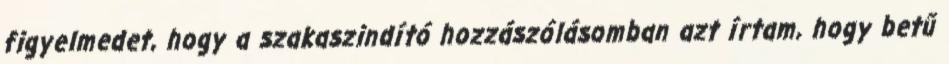
figyelmedet, hogy a szakaszindító hozzászólásomban azt írtam, hogy betű